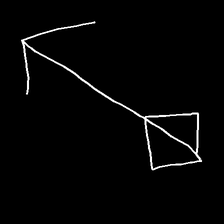
Glyph: focus